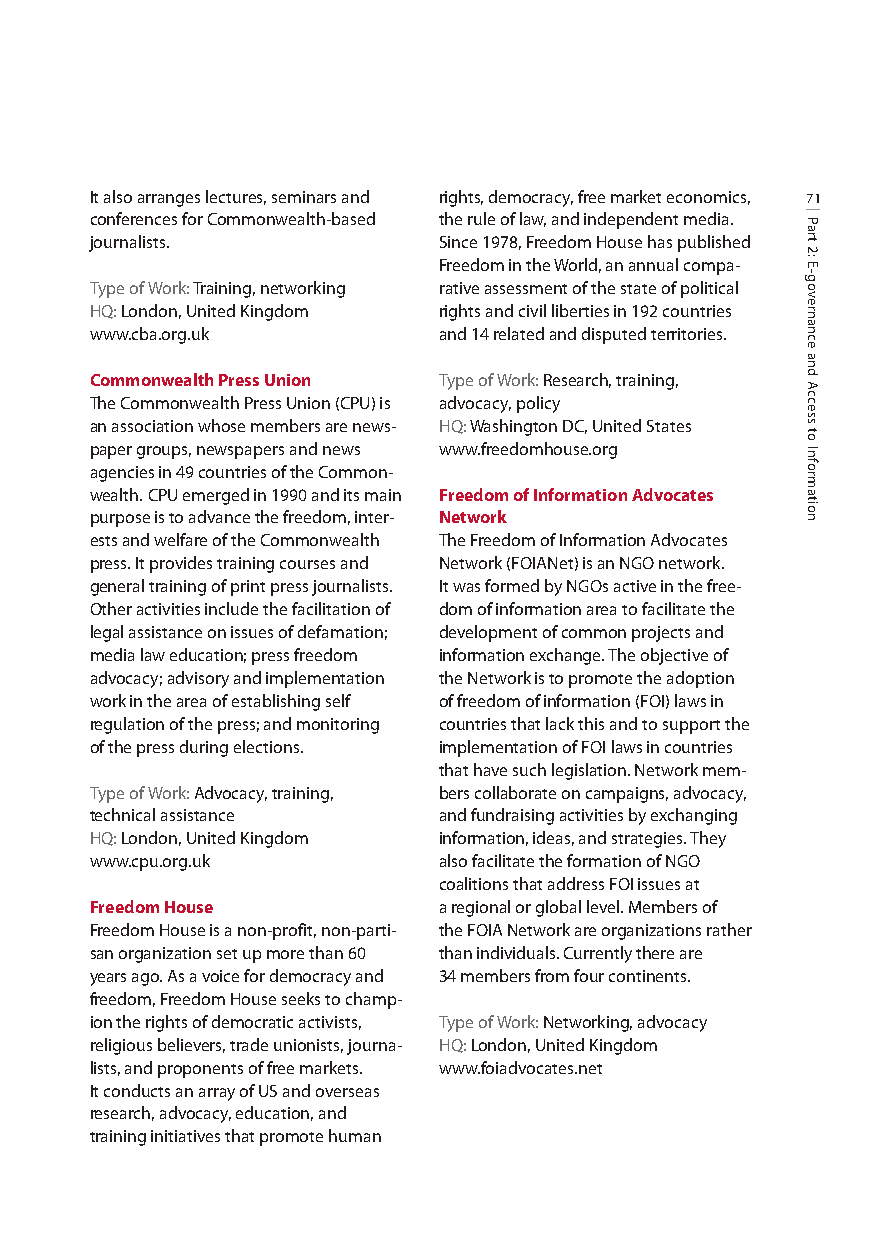
It also arranges lectures, seminars and rights, democracy, free market economics, 71
 conferences for Commonwealth-based the rule of law, and independent media.
 journalists.           Since 1978, Freedom House has published
 Freedom in the World, an annual compa-
 Type of Work: Training, networking rative assessment of the state of political
 HQ: London, United Kingdom rights and civil liberties in 192 countries
 www.cba.org.uk         and 14 related and disputed territories.
 Commonwealth Press Union Type of Work: Research, training,
 The Commonwealth Press Union (CPU) is advocacy, policy
 an association whose members are news- HQ:Washington DC, United States
 paper groups, newspapers and news www.freedomhouse.org
 agencies in 49 countries of the Common-
 wealth. CPU emerged in 1990 and its main Freedom of Information Advocates
 purpose is to advance the freedom, inter- Network
 ests and welfare of the Commonwealth The Freedom of Information Advocates
 press. It provides training courses and Network (FOIANet) is an NGO network.
 general training of print press journalists. It was formed by NGOs active in the free-
 Other activities include the facilitation of dom of information area to facilitate the
 legal assistance on issues of defamation; development of common projects and
 media law education; press freedom information exchange. The objective of
 advocacy; advisory and implementation the Network is to promote the adoption
 work in the area of establishing self of freedom of information (FOI) laws in
 regulation of the press; and monitoring countries that lack this and to support the
 of the press during elections. implementation of FOI laws in countries
 that have such legislation. Network mem-
 Type of Work: Advocacy, training, bers collaborate on campaigns, advocacy,
 technical assistance   and fundraising activities by exchanging
 HQ: London, United Kingdom information, ideas, and strategies. They
 www.cpu.org.uk         also facilitate the formation of NGO
 coalitions that address FOI issues at
 Freedom House          a regional or global level. Members of
 Freedom House is a non-profit, non-parti- the FOIA Network are organizations rather
 san organization set up more than 60 than individuals. Currently there are
 years ago. As a voice for democracy and 34 members from four continents.
 freedom, Freedom House seeks to champ-
 ion the rights of democratic activists, Type of Work: Networking, advocacy
 religious believers, trade unionists, journa- HQ:London, United Kingdom
 lists, and proponents of free markets. www.foiadvocates.net
 It conducts an array of US and overseas
 research, advocacy, education, and
 training initiatives that promote human
 Part
 2:
 E-governance
 and
 Access
 to
 Information